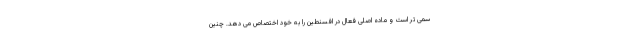
سمی تر است و ماده اصلی فعال در افسنطین را به خود اختصاص می دهد. چنین